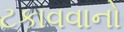
ટકાવવાનો